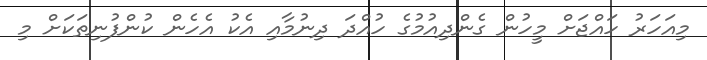
މިއަހަރު ހައްޖަށް މީހުން ގެންދިއުމުގެ ހުއްދަ ދިނުމާއި އެކު އެހެން ކުންފުނިތަކަށް މި